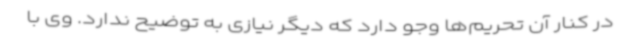
در کنار آن تحریم‌ها وجو دارد که دیگر نیازی به توضیح ندارد. وی با